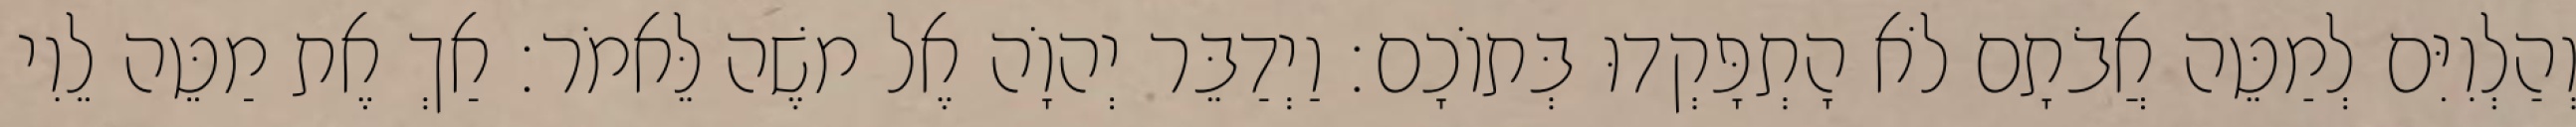
וְהַלְוִיִּם לְמַטֵּה אֲבֹתָם לֹא הָתְפָּקְדוּ בְּתוֹכָם׃ וַיְדַבֵּר יְהוָֹה אֶל משֶׁה לֵּאמֹר׃ אַךְ אֶת מַטֵּה לֵוִי